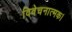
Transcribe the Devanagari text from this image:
विवेचनात्मक।